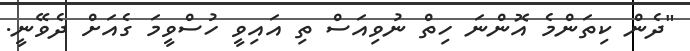
"ދެން ކިތަންމެ އޮންނަ ހިތް ނުވިއަސް ތި އައިވީ ހުސްވީމަ ގެއަށް ދެވޭނީ.